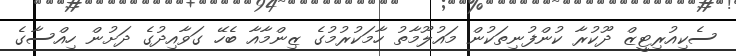
ސެކިއުރިޓީޒް ދޫކުރާ ކުންފުނިތަކުން މައުލޫމާތު ހާމަކުރުމުގެ ޒިންމާއާ ބެހޭ ގަވާއިދުގެ ދަށުން ހިއްސާގެ